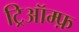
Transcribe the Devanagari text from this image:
ट्रिऑम्फ़